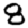
Digit: 8